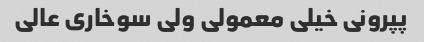
پپرونی خیلی معمولی ولی سوخاری عالی